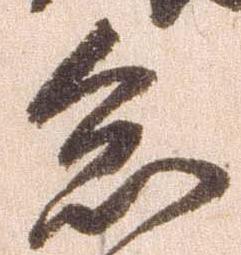
怠